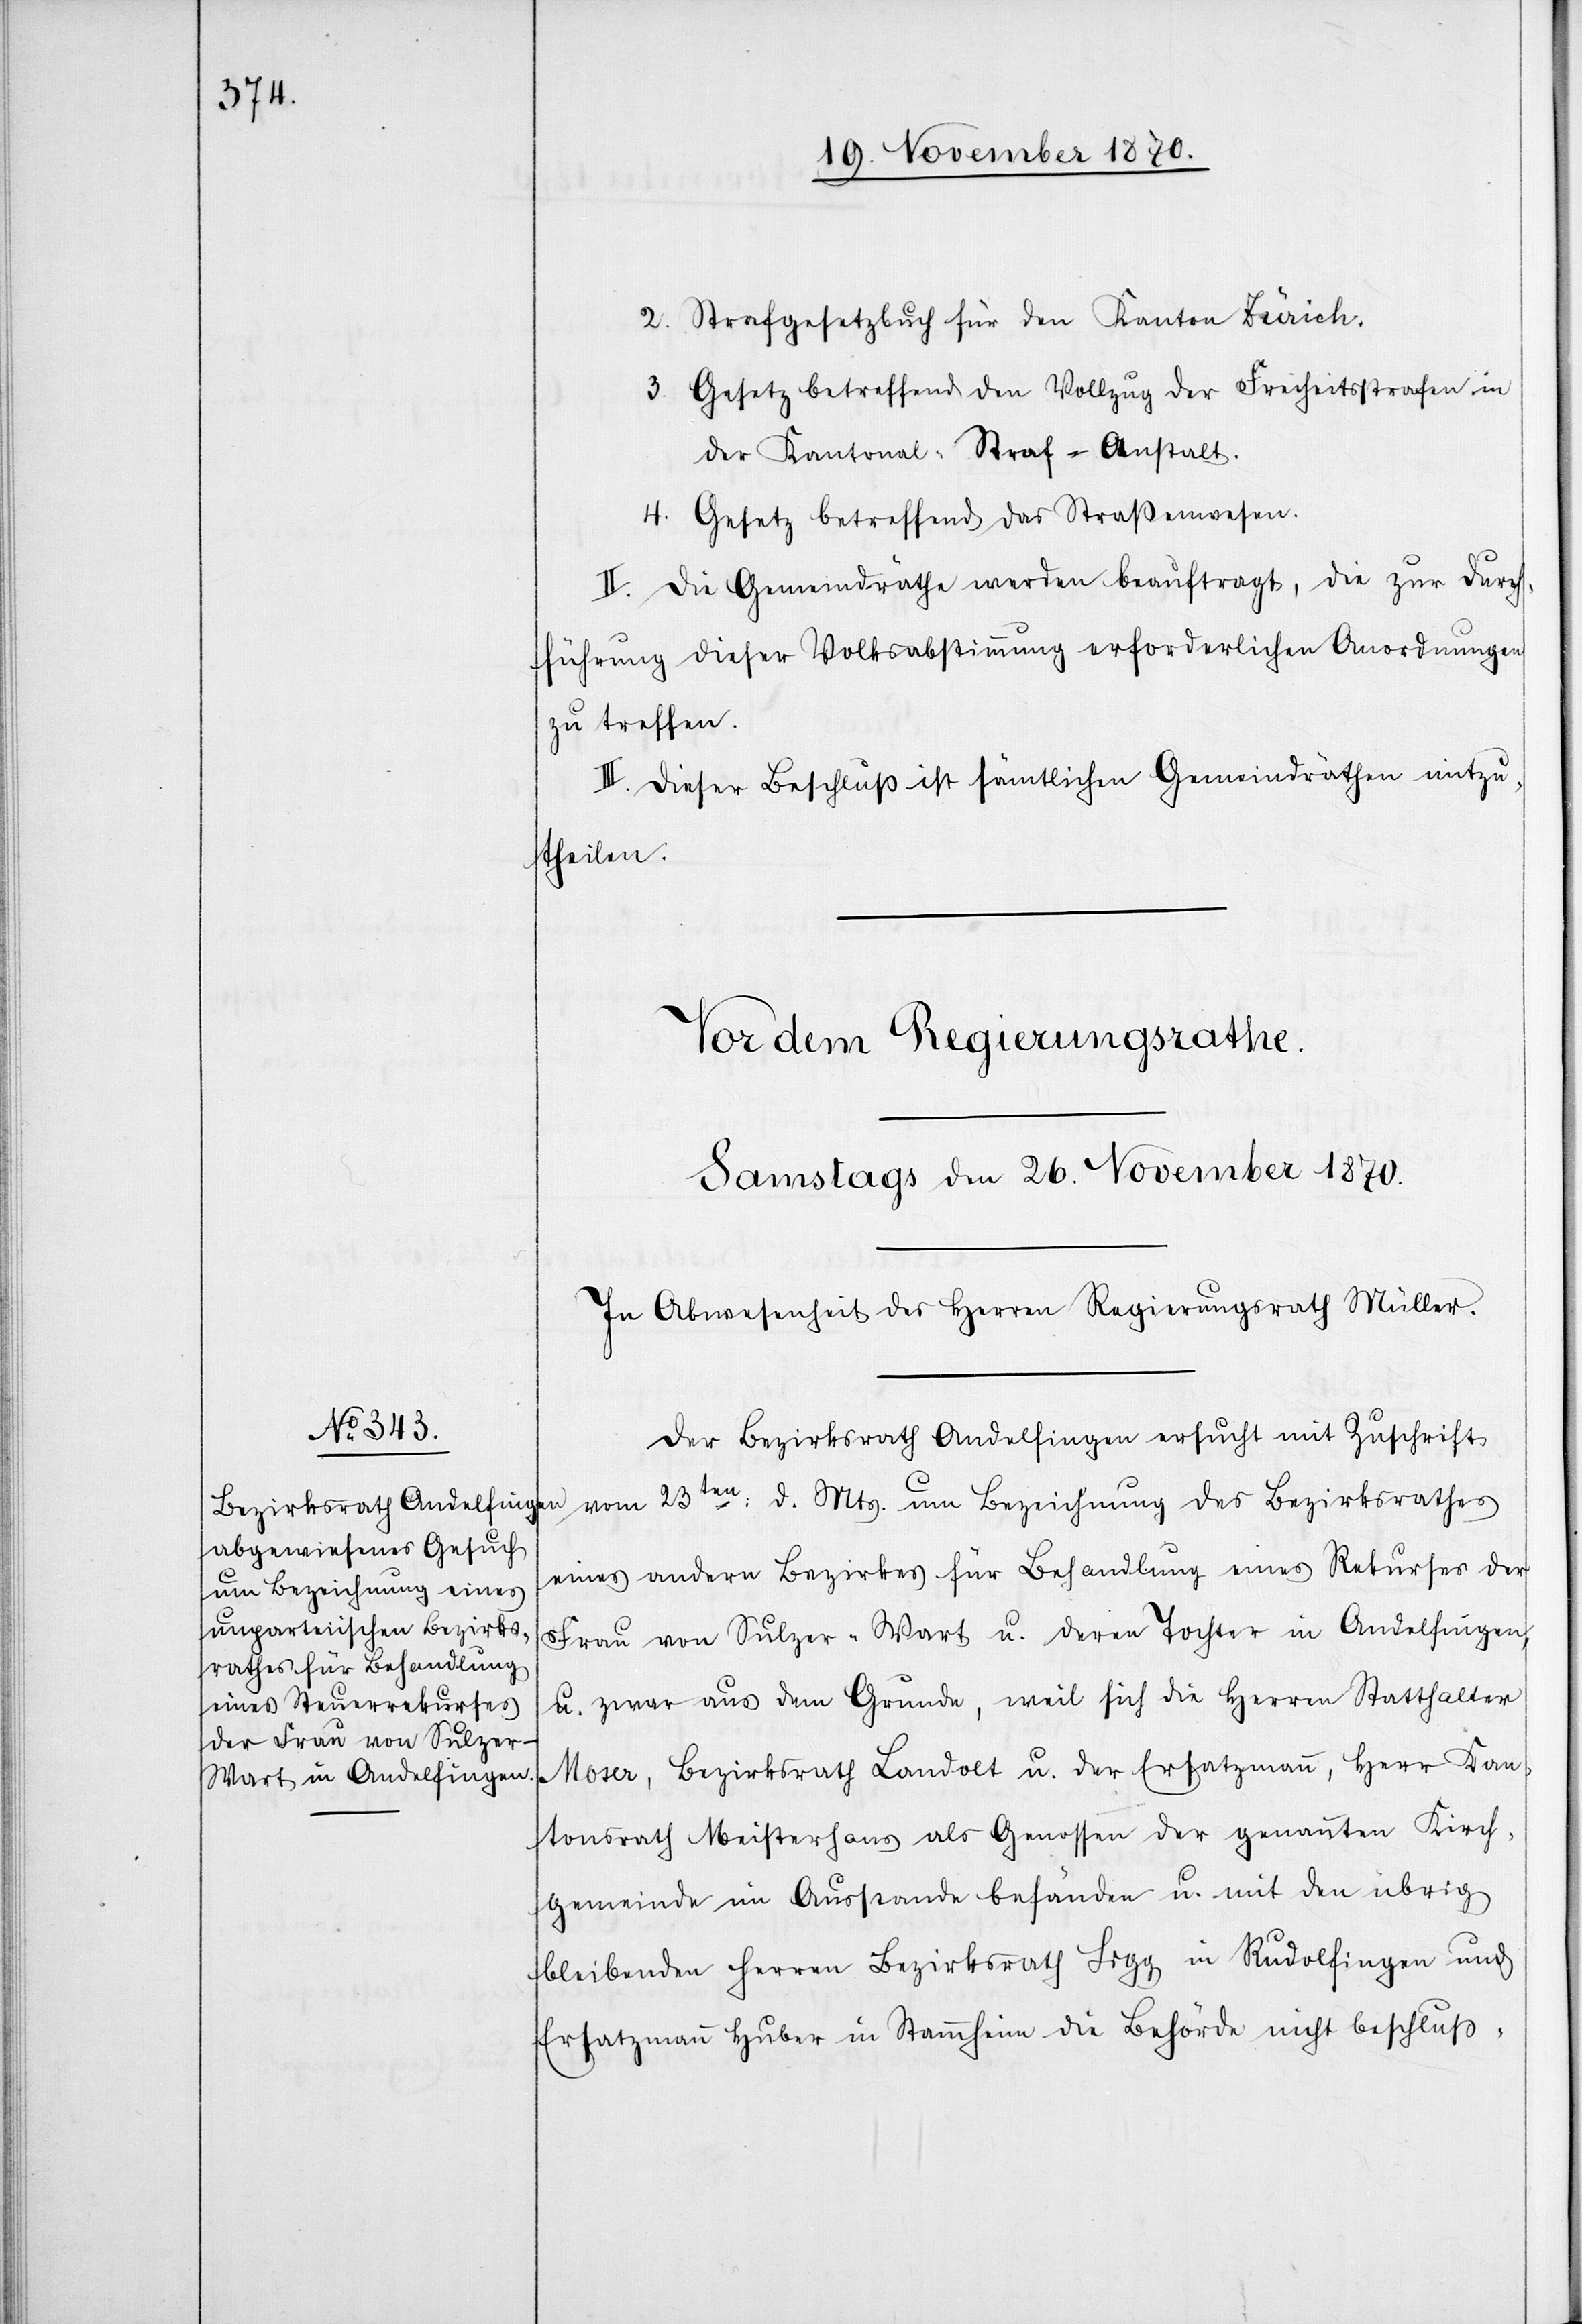
2. Strafgesetzbuch für den Kanton Zürich.
3. Gesetz betreffend den Vollzug der Freiheitstrafen in
der Kantonal-Straf-Anstalt.
4. Gesetz betreffend das Straßenwesen.
II. Die Gemeindräthe werden beauftragt, die zur Durch¬
führung dieser Volksabstimmung erforderlichen Anordnungen
zu treffen.
III. Dieser Beschluß ist sämtlichen Gemeindräthen mitzu¬
theilen.
Der Bezirksrath Andelfingen ersucht mit Zuschrift
eines andern Bezirkes für Behandlung eines Rekurses der
Frau von Sulzer-Wart u. deren Tochter in Andelfingen,
u. zwar aus dem Grunde, weil sich die Herren Statthalter
Moser, Bezirksrath Landolt u. der Ersatzmann, Herr Kan¬
tonsrath Meisterhans als Genossen der genannten Kirch¬
gemeinde im Ausstande befänden u. mit den übrig
bleibenden Herren Bezirksrath Bigg in Rudolfingen und
Ersatzmann Huber in Stammheim die Behörde nicht beschluß-